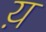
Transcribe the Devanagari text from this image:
य़